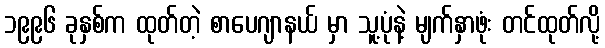
၁၉၉၆ ခုနှစ်က ထုတ်တဲ့ စာပေဂျာနယ် မှာ သူ့ပုံနဲ့ မျက်နှာဖုံး တင်ထုတ်လို့